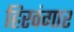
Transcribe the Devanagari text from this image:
हिरवंगार